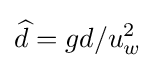
{\widehat {d}}={gd/u_{w}^{2}}